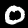
Label: 0